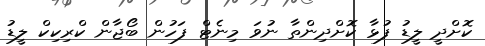
ކޮށްދީ ލީޑު ފުޅާ ކޮށްދިންތާ ނުވަ މިނެޓް ފަހުން ބޯޖާން ކްރިކިކް ލީޑު